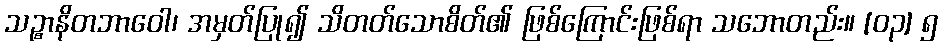
သဉ္စာနိတဘာဝေါ၊ အမှတ်ပြု၍ သိတတ်သောစိတ်၏ ဖြစ်ကြောင်းဖြစ်ရာ သဘောတည်း။ [၀၃] ၅